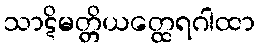
သာဋိမတ္တိယတ္ထေရဂါထာ